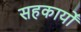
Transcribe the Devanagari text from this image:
सहकार्यों